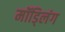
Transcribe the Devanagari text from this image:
मॉड्लिंग